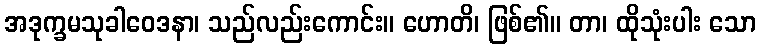
အဒုက္ခမသုခါဝေဒနာ၊ သည်လည်းကောင်း။ ဟောတိ၊ ဖြစ်၏။ တာ၊ ထိုသုံးပါး သော